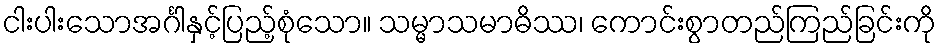
ငါးပါးသောအင်္ဂါနှင့်ပြည့်စုံသော။ သမ္မာသမာဓိဿ၊ ကောင်းစွာတည်ကြည်ခြင်းကို